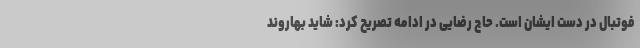
فوتبال در دست ایشان است. حاج رضایی در ادامه تصریح کرد: شاید بهاروند